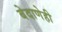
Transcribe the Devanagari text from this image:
बेदाणेही